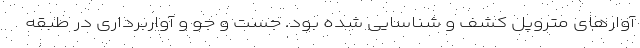
آوارهای متروپل کشف و شناسایی شده بود. جست و جو و آواربرداری در طبقه